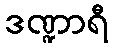
ဒဏ္ဍာရီ